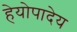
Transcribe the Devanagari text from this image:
हेयोपादेय